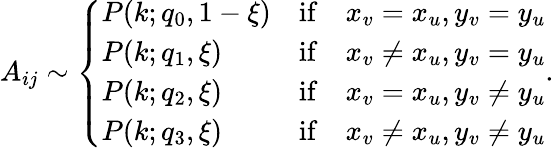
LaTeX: \begin{array}{r}{A_{ij}\sim\left\{ \begin{array}{ll}{P(k;q_{0},1-\xi)}&{\mathrm{if}\quad x_{v}=x_{u},y_{v}=y_{u}}\\ {P(k;q_{1},\xi)}&{\mathrm{if}\quad x_{v}\neq x_{u},y_{v}=y_{u}}\\ {P(k;q_{2},\xi)}&{\mathrm{if}\quad x_{v}=x_{u},y_{v}\neq y_{u}}\\ {P(k;q_{3},\xi)}&{\mathrm{if}\quad x_{v}\neq x_{u},y_{v}\neq y_{u}}\end{array}\right..}\end{array}